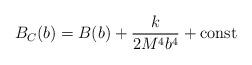
LaTeX: \begin{align*}B_C(b) = B(b) + \frac{k}{2 M^4 b^4} + {\rm const}\end{align*}